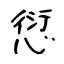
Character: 愆